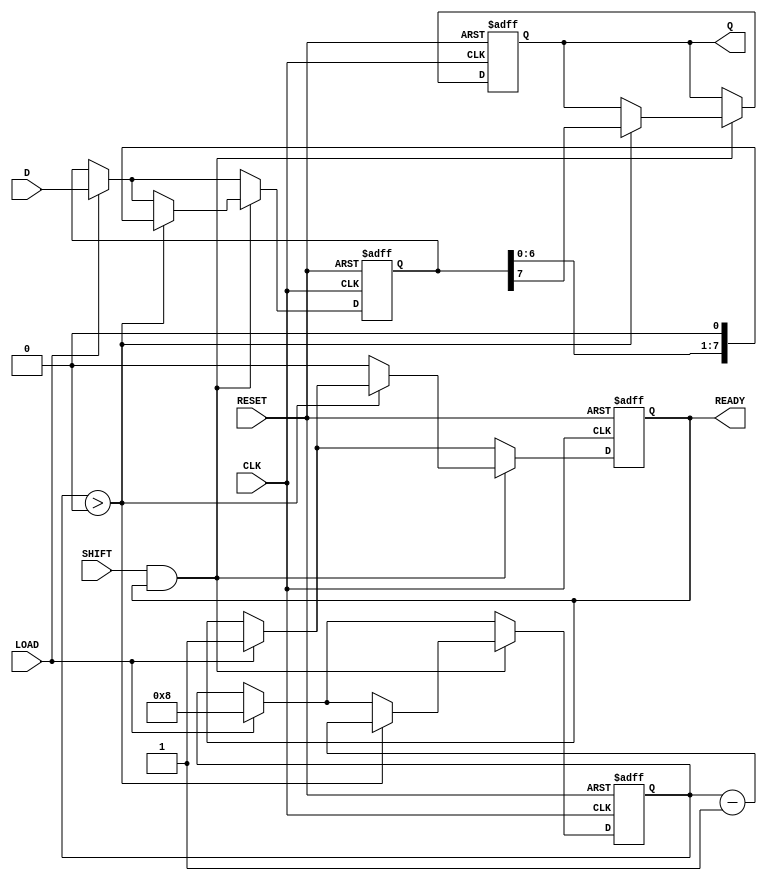
module PISO_Register #(
    parameter n = 8 // Parameter for the number of bits
)(
    input wire [n-1:0] D,       // Parallel input data
    input wire LOAD,            // Load control signal
    input wire SHIFT,           // Shift control signal
    input wire CLK,             // Clock signal
    input wire RESET,           // Reset signal
    output reg Q,               // Serial output
    output reg READY            // Data ready output
);

    // Internal storage for the PISO register
    reg [n-1:0] shift_reg;
    reg [3:0] count; // Counter to track the number of bits shifted out

    // Asynchronous reset
    always @(posedge RESET or posedge CLK) begin
        if (RESET) begin
            shift_reg <= 0;
            Q <= 0;
            READY <= 0;
            count <= 0;
        end else begin
            // Loading data into the shift register
            if (LOAD) begin
                shift_reg <= D;
                READY <= 1; // Data is ready to be shifted out
                count <= n; // Reset count to the number of bits
            end
            
            // Shifting data out serially
            if (SHIFT && READY) begin
                if (count > 0) begin
                    Q <= shift_reg[n-1]; // Output the MSB
                    shift_reg <= {shift_reg[n-2:0], 1'b0}; // Shift left
                    count <= count - 1; // Decrease the count
                end else begin
                    READY <= 0; // No more data to shift
                end
            end
        end
    end

endmodule